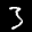
Label: 3